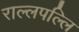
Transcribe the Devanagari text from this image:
राल्लपल्लि